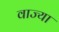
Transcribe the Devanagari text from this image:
वाज्या